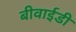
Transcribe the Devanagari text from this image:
बीवाईडी